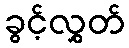
ခွင့်လွှတ်